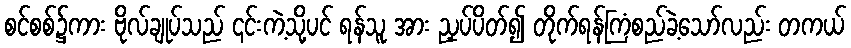
စင်စစ်၌ကား ဗိုလ်ချုပ်သည် ၎င်းကဲ့သို့ပင် ရန်သူ အား ညှပ်ပိတ်၍ တိုက်ရန်ကြံစည်ခဲ့သော်လည်း တကယ်